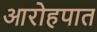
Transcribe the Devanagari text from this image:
आरोहपात